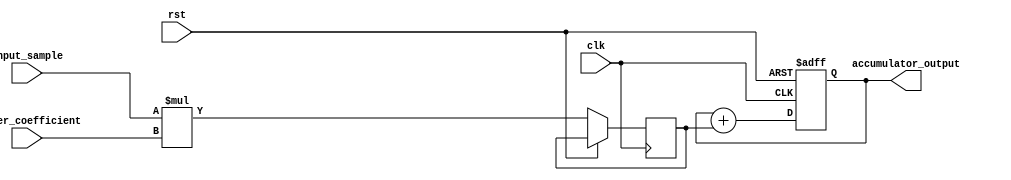
module fir_filter_accumulator(
  input signed [15:0] input_sample,
  input signed [15:0] filter_coefficient,
  input wire clk,
  input wire rst,
  output reg signed [31:0] accumulator_output
);

reg signed [31:0] product;

always @(posedge clk or posedge rst) begin
  if (rst) begin
    accumulator_output <= 0;
  end else begin
    product <= input_sample * filter_coefficient;
    accumulator_output <= accumulator_output + product;
  end
end

endmodule